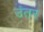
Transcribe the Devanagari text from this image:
उंतर